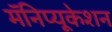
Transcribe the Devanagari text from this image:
मॅनिप्यूकेशन